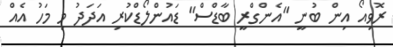
ރޮވިއޯ އިން ބުނީ "އެންގްރީ ބާޑްސް" ޑައުންލޯޑްކުރި އަދަދު މި މަހު އެއް